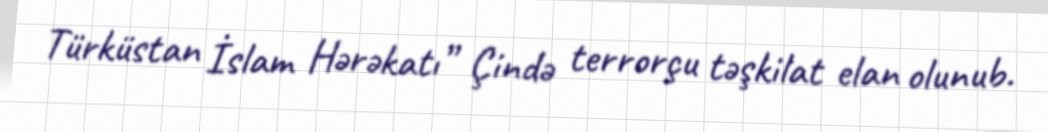
Türküstan İslam Hərəkatı” Çində terrorçu təşkilat elan olunub.